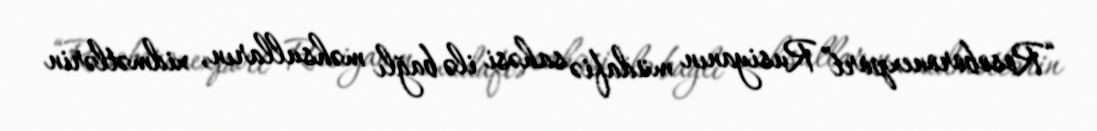
“Rosoboronexport” Rusiyanın müdafiə sahəsi ilə bağlı məhsulların, xidmətlərin